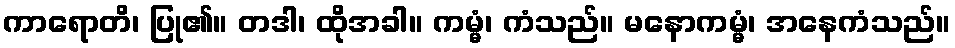
ကာရောတိ၊ ပြု၏။ တဒါ၊ ထိုအခါ။ ကမ္မံ၊ ကံသည်။ မနောကမ္မံ၊ အနေကံသည်။